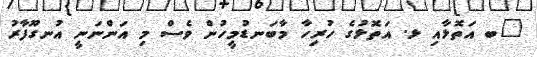
"ބ އަތޮޅާއި ޅ. އަތޮޅުގެ ހުރިހާ މާބަނޑުމީހުން ވެސް މި އަންނަނީ އުނގޫފާރު